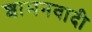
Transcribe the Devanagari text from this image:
शामनवादी